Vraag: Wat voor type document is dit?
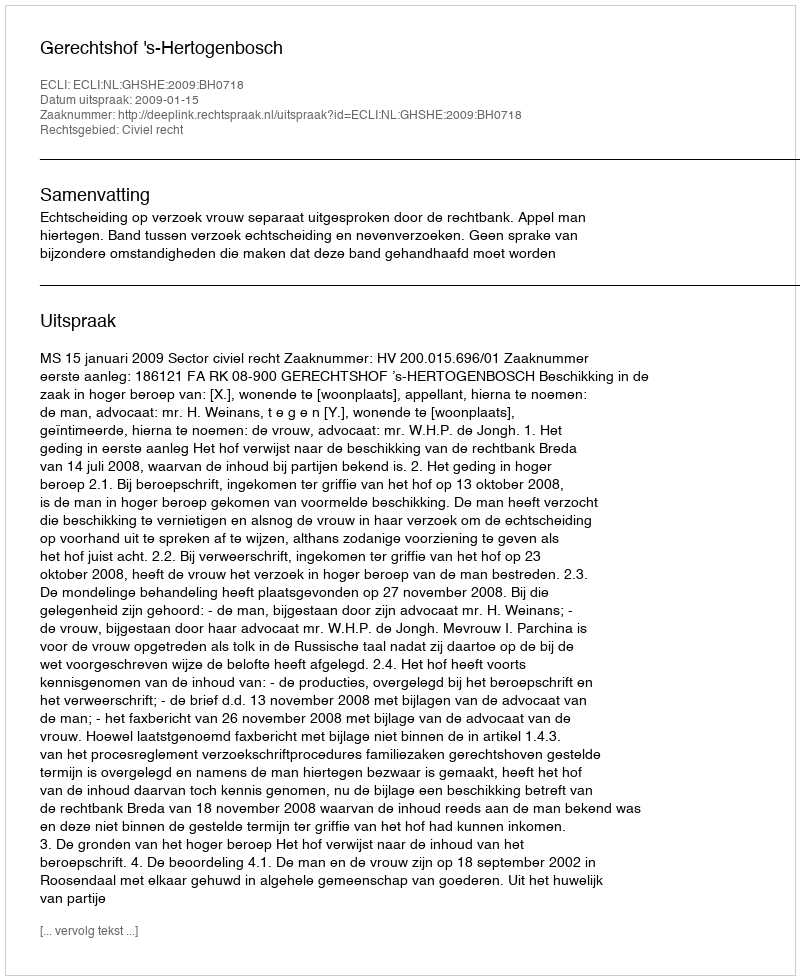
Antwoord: Uitspraak